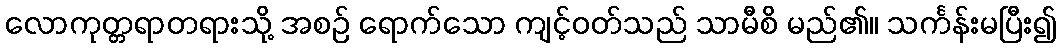
လောကုတ္တရာတရားသို့ အစဉ် ရောက်သော ကျင့်ဝတ်သည် သာမီစိ မည်၏။ သင်္ကန်းမပြီး၍